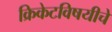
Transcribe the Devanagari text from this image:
क्रिकेटविषयीचे